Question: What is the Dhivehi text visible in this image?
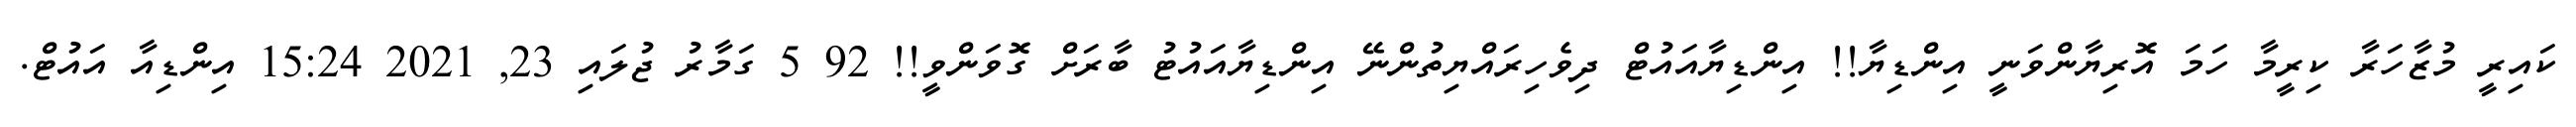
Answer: ކައިރީ މުޒާހަރާ ކިރީމާ ހަމަ އޮރިޔާންވަނީ އިންޑިޔާ!! އިންޑިޔާއައުޓް ދިވެހިރައްޔިތުންނޭ އިންޑިޔާއައުޓު ބާރަށް ގޮވަންވީ!! 92 5 ގަމާރު ޖުލައި 23, 2021 15:24 އިންޑިއާ އައުޓް.